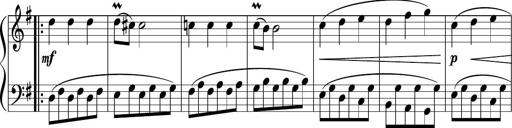
Title: 12 Keyboard Sonatinas
Composer: James Hook